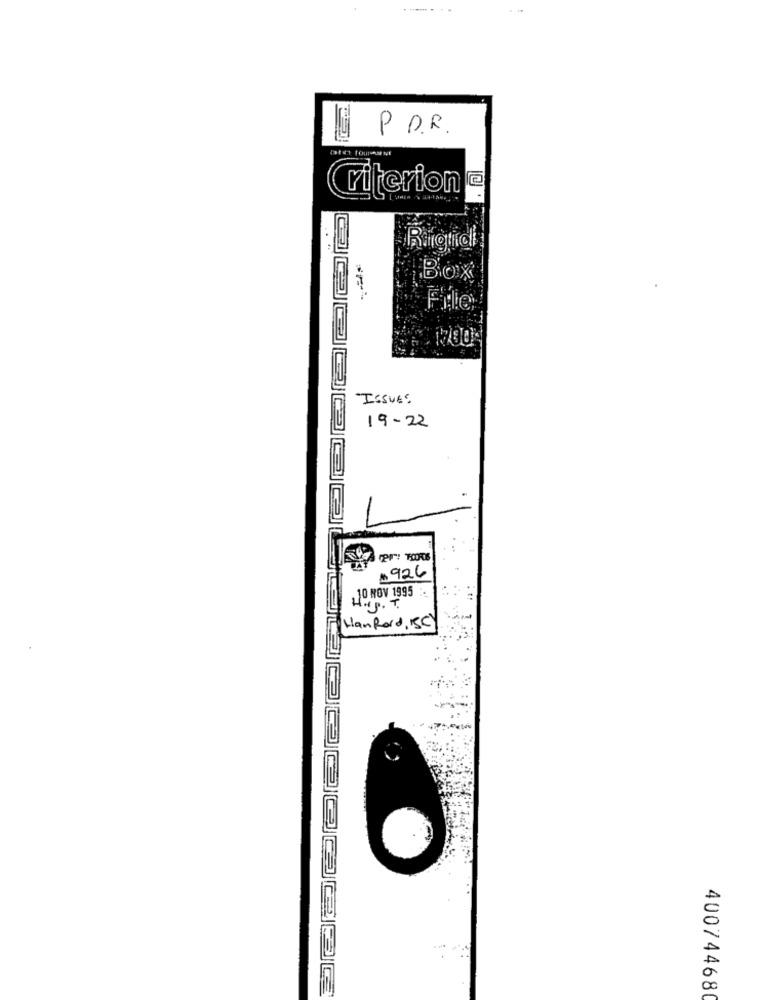
P.D.R.
10
riterion
Box
6 . 1200
ISSUES
19-22
1926
10 NOV 1995 .
H.P. T.
Hanford, SC)
400744680